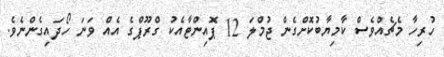
ހުރިހާ މެޗެއްވެސް ކާމިޔާބުކޮށްގެން ޖުމްލަ 12 ޕޮއިންޓާއެކު ގްރޫޕްގެ އެއް ވަނަ ހޯދައިގެންނެވެ.